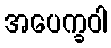
အပေက္ခဝါ